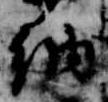
納